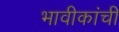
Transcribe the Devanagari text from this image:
भावीकांची